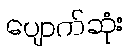
ပျောက်ဆုံး